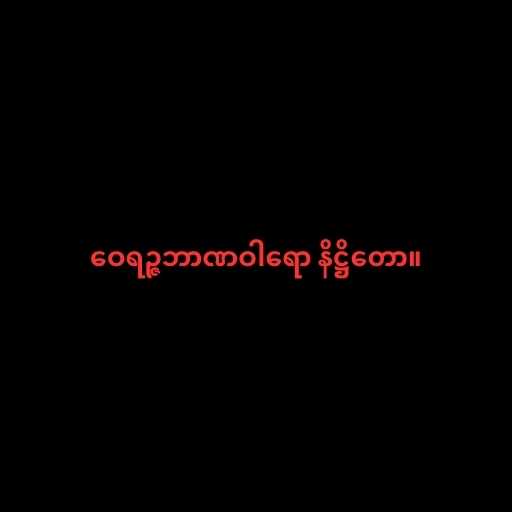
ဝေရဉ္ဇဘာဏဝါရော နိဋ္ဌိတော။